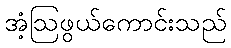
အံ့ဩဖွယ်ကောင်းသည်